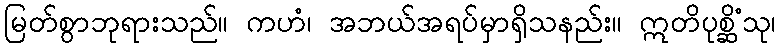
မြတ်စွာဘုရားသည်။ ကဟံ၊ အဘယ်အရပ်မှာရှိသနည်း။ ဣတိပုစ္ဆိံသု၊